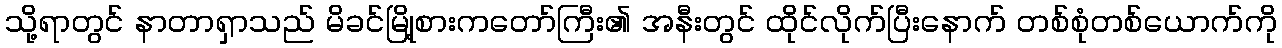
သို့ရာတွင် နာတာရှာသည် မိခင်မြို့စားကတော်ကြီး၏ အနီးတွင် ထိုင်လိုက်ပြီးနောက် တစ်စုံတစ်ယောက်ကို